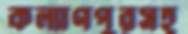
কল্যাণপুরসহ